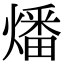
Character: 燔